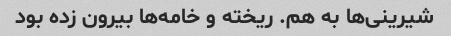
شیرینی‌ها به هم. ریخته و خامه‌ها بیرون زده بود